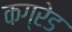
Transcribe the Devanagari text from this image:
कग्रेड